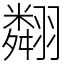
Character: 翷